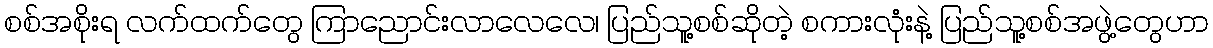
စစ်အစိုးရ လက်ထက်တွေ ကြာညောင်းလာလေလေ၊ ပြည်သူ့စစ်ဆိုတဲ့ စကားလုံးနဲ့ ပြည်သူ့စစ်အဖွဲ့တွေဟာ